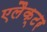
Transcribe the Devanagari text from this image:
एलैक्टर